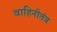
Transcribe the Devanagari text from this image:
वाहिनीतंत्र